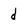
Character: d